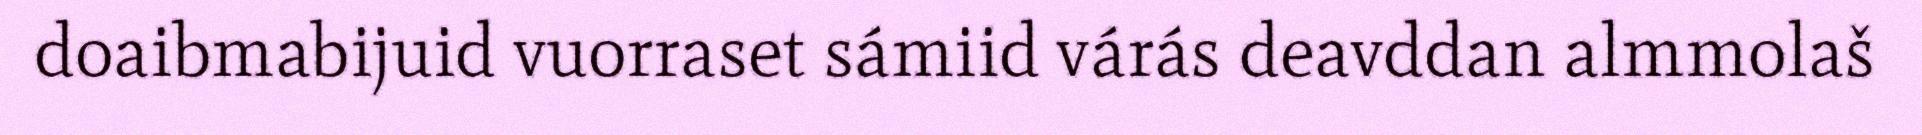
doaibmabijuid vuorraset sámiid várás deavddan almmolaš